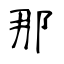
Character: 那